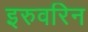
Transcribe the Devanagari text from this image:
इरुवरिन